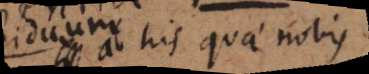
ab his quae nobis